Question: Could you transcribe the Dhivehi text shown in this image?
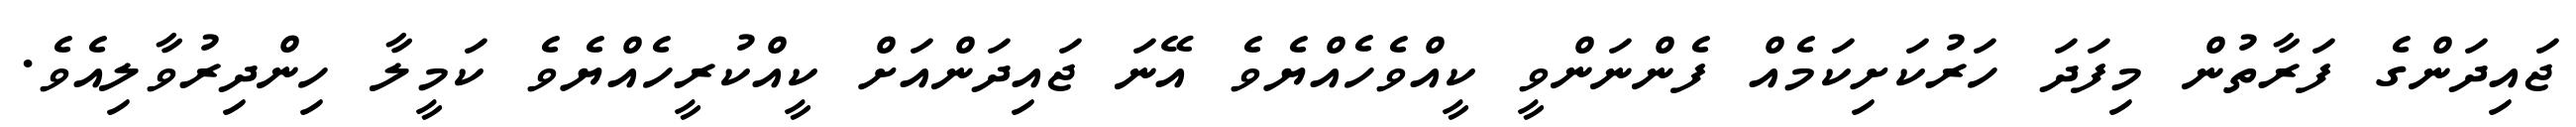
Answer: ޖައިދަންގެ ފަރާތުން މިފަދަ ހަރުކަށިކަމެއް ފެންނަންވީ ކީއްވެހެއްޔެވެ އޭނަ ޖައިދަންއަށް ކީއްކުރީހެއްޔެވެ ކަމީލާ ހިންދިރުވާލިއެވެ.